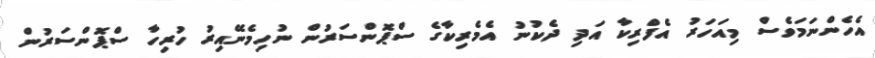
އެހެންނަމަވެސް މިއަހަރު އެފްރިކާ އަދި ދެކުނު އެމެރިކާގެ ސްޕޮންސަރުން ނުހިމެނޭއިރު ހުރިހާ ސްޕޮންސަރުން